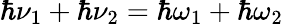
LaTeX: \hbar\nu_{1}+\hbar\nu_{2}=\hbar\omega_{1}+\hbar\omega_{2}